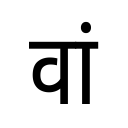
OCR:
वां